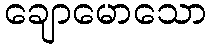
ချောမောသော